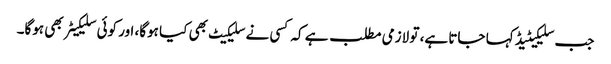
جب سلیکیٹیڈ کہا جاتا ہے، تو لازمی مطلب ہے کہ کسی نے سلیکیٹ بھی کیا ہوگا، اور کوئی سلیکیٹر بھی ہوگا۔